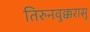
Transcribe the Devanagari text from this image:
तिरुनवुक्करासु